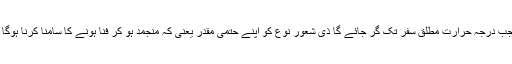
جب درجہ حرارت مطلق سفر تک گر جائے گا ذی شعور نوع کو اپنے حتمی مقدر یعنی کہ منجمد ہو کر فنا ہونے کا سامنا کرنا ہوگا ۔